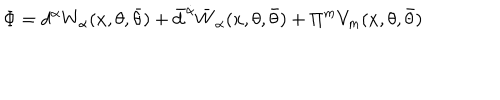
\Phi = d ^ { \alpha } W _ { \alpha } ( x , \theta , \bar { \theta } ) + \bar { d } ^ { \dot { \alpha } } \bar { W } _ { \dot { \alpha } } ( x , \theta , \bar { \theta } ) + \Pi ^ { m } V _ { m } ( x , \theta , \bar { \theta } )